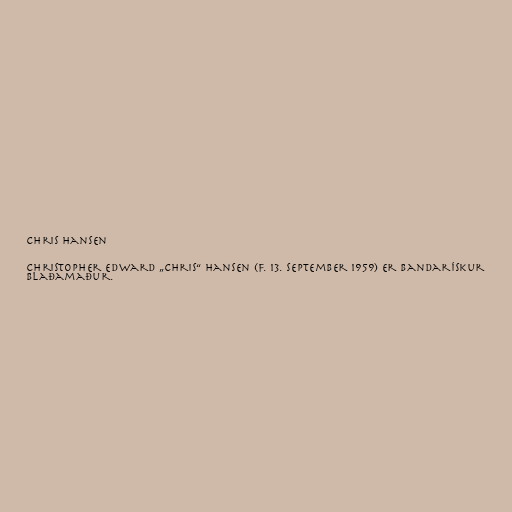
Chris Hansen

Christopher Edward „Chris“ Hansen (f. 13. september 1959) er bandarískur
blaðamaður.